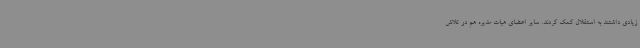
زیادی داشتند به استقلال کمک کردند. سایر اعضای هیات مدیره هم در تلاش